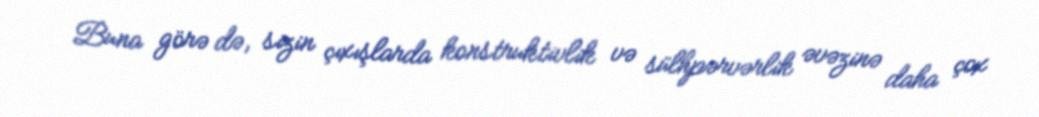
Buna görə də, sizin çıxışlarda konstruktivlik və sülhpərvərlik əvəzinə daha çox